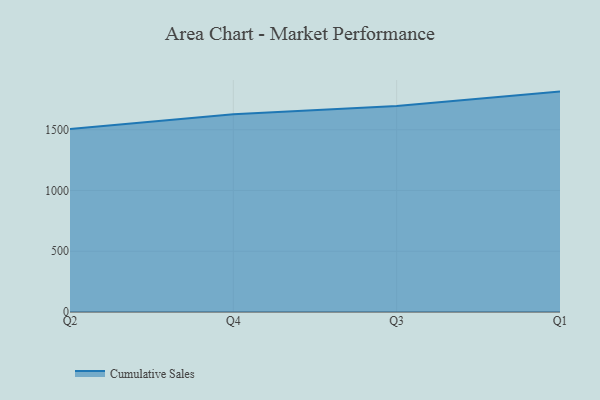
{"axis": {"x": "Quarter", "y": "Active Users"}, "legend": ["Cumulative Sales"], "data": [{"x": "Q2", "y": 1506.7, "type": "Cumulative Sales"}, {"x": "Q4", "y": 1628.4, "type": "Cumulative Sales"}, {"x": "Q3", "y": 1696.0, "type": "Cumulative Sales"}, {"x": "Q1", "y": 1813.9, "type": "Cumulative Sales"}]}